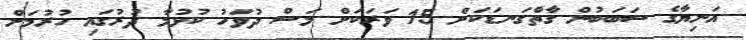
އަނިޔާގެ ސަބަބުން ގާތްގަނޑަކަށް 15 ވަރަކަށް މަސް ދުވަހު ކުޅުމާ ދުރުގައި ހުރުމަށް